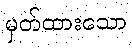
မှတ်ထားသော